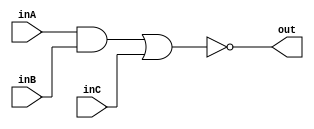
`timescale 1ns / 1ps

module bf_1_b(inA, inB, inC, out);

input inA, inB, inC;
output out;

assign out = ~((inA & inB) | inC);

endmodule